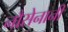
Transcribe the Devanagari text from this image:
नौसेनानी